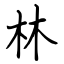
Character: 林